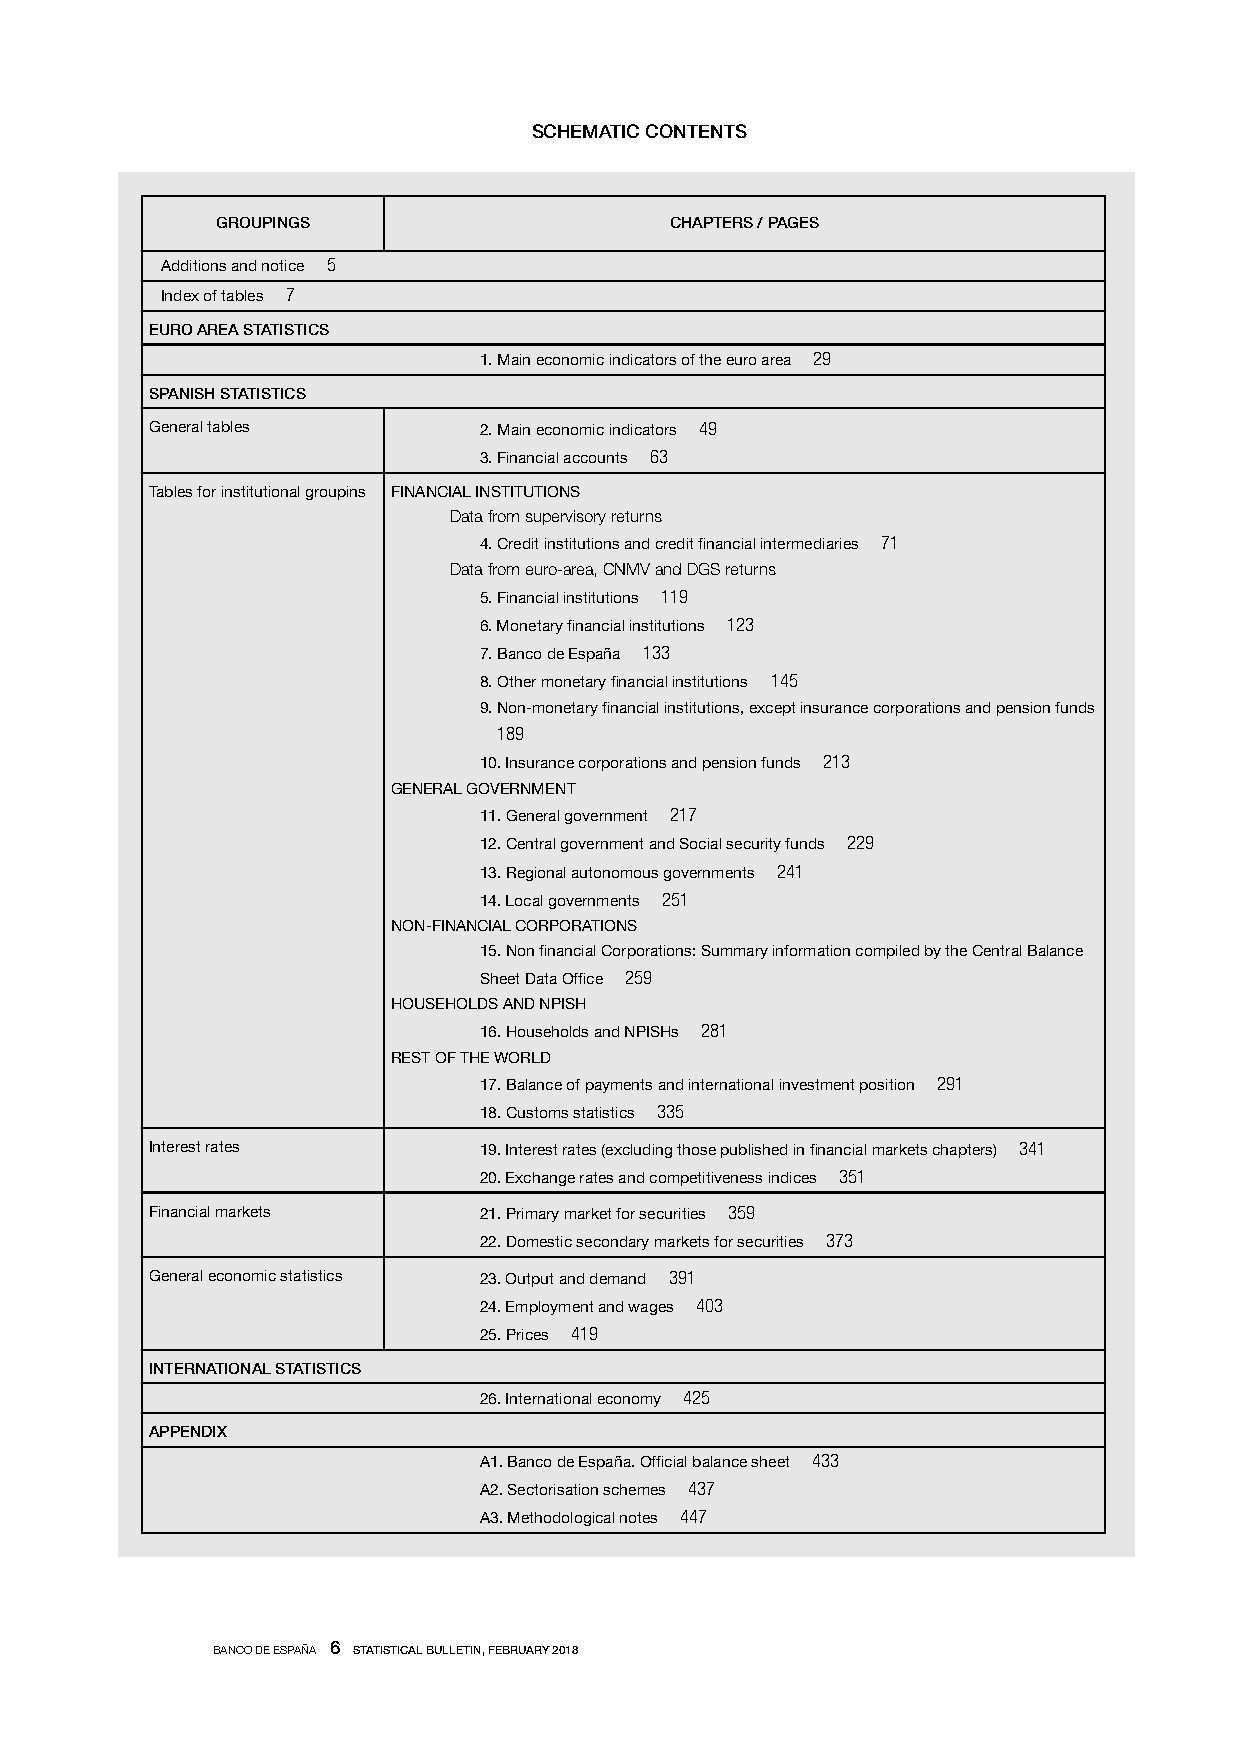
SCHEMATIC CONTENTS
 GROUPINGS                     CHAPTERS / PAGES
 Additions and notice 5
 Index of tables 7
 EURO AREA STATISTICS
 1. Main economic indicators of the euro area 29
 SPANISH STATISTICS
 General tables        2. Main economic indicators 49
 3. Financial accounts 63
 Tables for institutional groupins FINANCIAL INSTITUTIONS
 Data from supervisory returns
 4. Credit institutions and credit financial intermediaries 71
 Data from euro-area, CNMV and DGS returns
 5. Financial institutions 119
 6. Monetary financial institutions 123
 7. Banco de España 133
 8. Other monetary financial institutions 145
 9. Non-monetary financial institutions, except insurance corporations and pension funds
 189
 10. Insurance corporations and pension funds 213
 GENERAL GOVERNMENT
 11. General government 217
 12. Central government and Social security funds 229
 13. Regional autonomous governments 241
 14. Local governments 251
 NON-FINANCIAL CORPORATIONS
 15. Non financial Corporations: Summary information compiled by the Central Balance
 Sheet Data Office 259
 HOUSEHOLDS AND NPISH
 16. Households and NPISHs 281
 REST OF THE WORLD
 17. Balance of payments and international investment position 291
 18. Customs statistics 335
 Interest rates        19. Interest rates (excluding those published in financial markets chapters) 341
 20. Exchange rates and competitiveness indices 351
 Financial markets     21. Primary market for securities 359
 22. Domestic secondary markets for securities 373
 General economic statistics 23. Output and demand 391
 24. Employment and wages 403
 25. Prices 419
 INTERNATIONAL STATISTICS
 26. International economy 425
 APPENDIX
 A1. Banco de España. Official balance sheet 433
 A2. Sectorisation schemes 437
 A3. Methodological notes 447
 BANCO DE ESPAÑA 6 STATISTICAL BULLETIN, FEBRUARY 2018